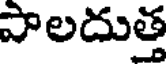
పాలదుత్త